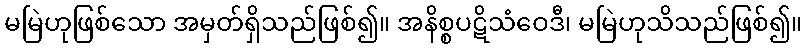
မမြဲဟုဖြစ်သော အမှတ်ရှိသည်ဖြစ်၍။ အနိစ္စပဋိသံဝေဒီ၊ မမြဲဟုသိသည်ဖြစ်၍။